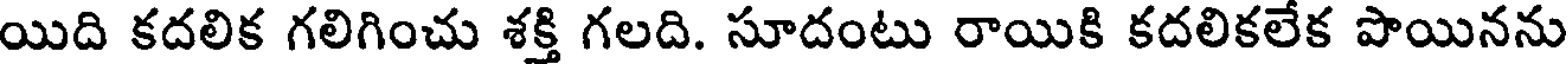
యిది కదలిక గలిగించు శక్తి గలది. సూదంటు రాయికి కదలికలేక పొయినను